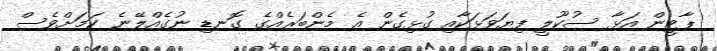
ޕާޓީން އަޅާ ސުކޫލީ ފިޔަވަޅަކާއި ގުޅިގެން އެ މެންބަރެއްގެ ގޮނޑި ނުގެއްލޭނެ ކަމަށްވެސް